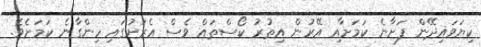
ކިޔަވައިދޭން ފަށާނެ ކަމަށާއި އޭރުން އިތުރު ކޯސްތައް ވެސް އެރަށުގައި ހިންގާނެ ކަމަށެވެ.